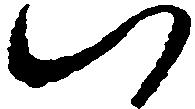
八